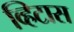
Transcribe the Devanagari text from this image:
व्हिटास